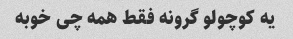
یه کوچولو گرونه فقط همه چی خوبه